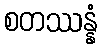
စတဿန္နံ